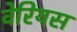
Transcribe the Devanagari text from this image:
वेरियस